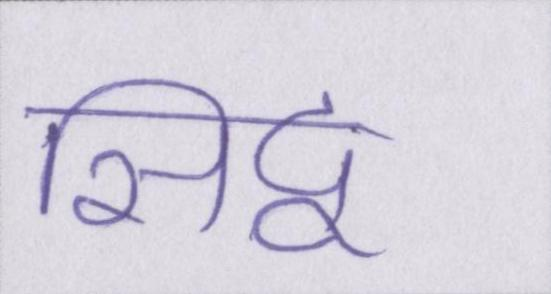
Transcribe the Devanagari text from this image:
सिद्व